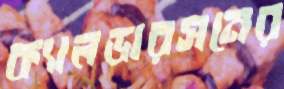
ক্যালডারসনের